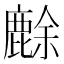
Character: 𪊸